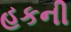
હકની